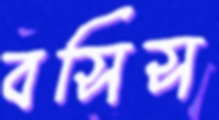
বসিস